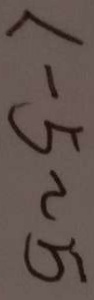
< - 5 \sim 5